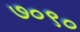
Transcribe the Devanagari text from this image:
७०९०